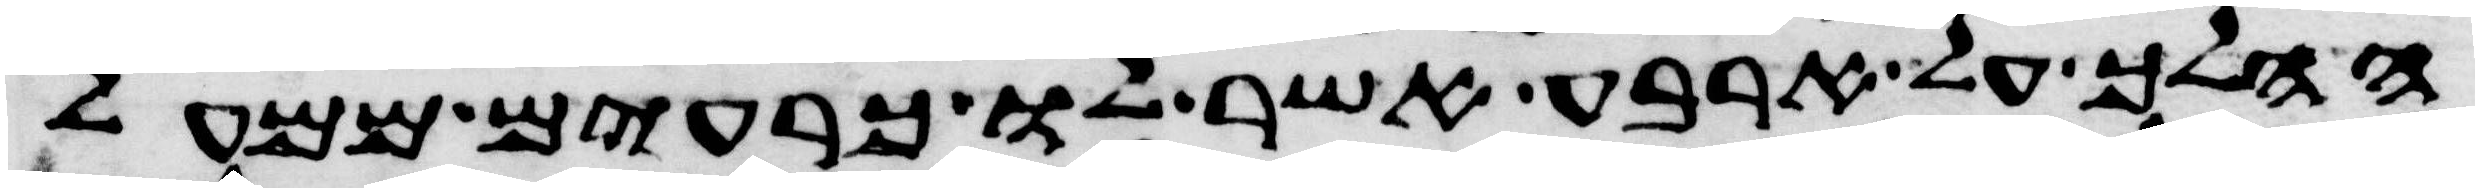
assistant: ההלך על ארבע אשר לו כרעים ממעל